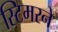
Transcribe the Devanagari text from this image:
स्टिमरने